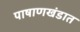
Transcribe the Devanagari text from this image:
पाषाणखंडात